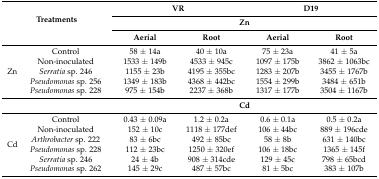
| <ROWSPAN=3-COLSPAN=2> Treatments | <COLSPAN=2> VR | <COLSPAN=2> D19 |
 | <COLSPAN=4> Zn |
 | Aerial | Root | Aerial | Root |
 | --- | --- | --- | --- | --- | --- |
 | <ROWSPAN=5> Zn | Control | 58 ± 14a | 40 ± 10a | 75 ± 23a | 41 ± 5a |
 | Non-inoculated | 1533 ± 149b | 4533 ± 945c | 1097 ± 175b | 3862 ± 1063bc |
 | Serratia sp. 246 | 1155 ± 23b | 4195 ± 355bc | 1283 ± 207b | 3455 ± 1767b |
 | Pseudomonas sp. 256 | 1349 ± 183b | 4368 ± 442bc | 1554 ± 299b | 3484 ± 651b |
 | Pseudomonas sp. 228 | 975 ± 154b | 2237 ± 368b | 1317 ± 177b | 3504 ± 1167b |
 |  |  | <COLSPAN=4> Cd |
 | <ROWSPAN=6> Cd | Control | 0.43 ± 0.09a | 1.2 ± 0.2a | 0.6 ± 0.1a | 0.5 ± 0.2a |
 | Non-inoculated | 152 ± 10c | 1118 ± 177def | 106 ± 44bc | 889 ± 196cde |
 | Arthrobacter sp. 222 | 83 ± 6bc | 492 ± 85bc | 58 ± 8b | 631 ± 140bc |
 | Pseudomonas sp. 228 | 112 ± 23bc | 1250 ± 320ef | 106 ± 18bc | 1365 ± 145f |
 | Serratia sp. 246 | 24 ± 4b | 908 ± 314cde | 129 ± 45c | 798 ± 65bcd |
 | Pseudomonas sp. 262 | 145 ± 29c | 487 ± 57bc | 81 ± 5bc | 383 ± 107b |